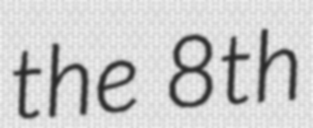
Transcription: the 8th